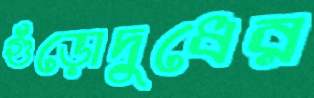
গুঁড়োদুধের